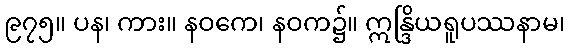
၉၇၅။ ပန၊ ကား။ နဝကေ၊ နဝက၌။ ဣန္ဒြိယရူပဿနာမ၊